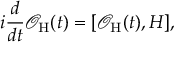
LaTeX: i \frac { d } { d t } \mathcal { O } _ { \mathrm { H } } ( t ) = [ \mathcal { O } _ { \mathrm { H } } ( t ) , H ] ,